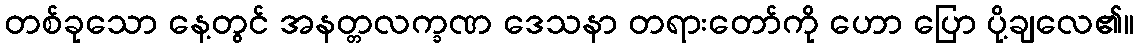
တစ်ခုသော နေ့တွင် အနတ္တလက္ခဏ ဒေသနာ တရားတော်ကို ဟော ပြော ပို့ချလေ၏။